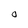
Character: O